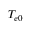
T _ { e 0 }